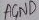
Text: AGND